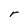
Character: r